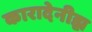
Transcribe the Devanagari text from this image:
कारादेनीझ़